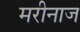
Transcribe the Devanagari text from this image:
मरीनाज